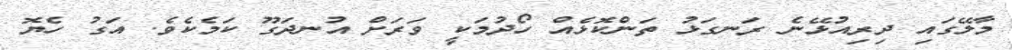
މާލޭގައި ދިރިއުޅޭނެ ރަނގަޅު ތަންކޮޅެއް ހޯދުމަކީ ވަރަށް އުނދަގޫ ކަމެކެވެ. އަގު ހެޔޮ